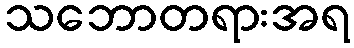
သဘောတရားအရ